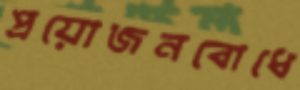
প্রয়োজনবোধে